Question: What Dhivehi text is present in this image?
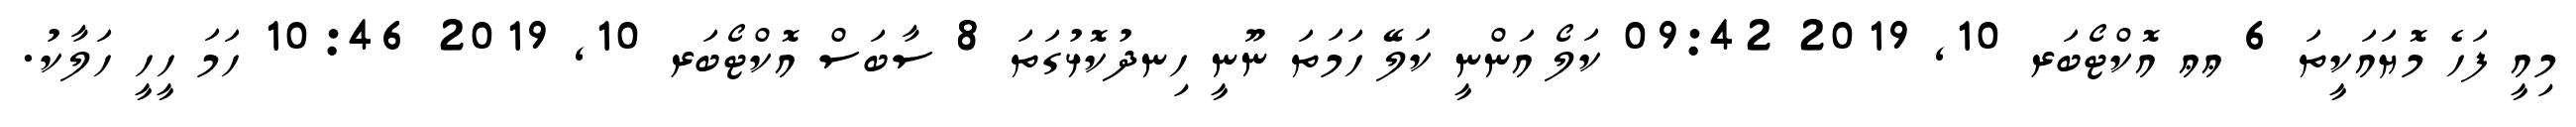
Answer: މިއީ ފަހެ މޮޔައަކީތަ 6 ޢޢ އޮކްޓޯބަރ 10, 2019 09:42 ކަލޯ އަންނީ ކަލޭ ހަމަތަ ނޫނީ ހިނދުކޮޅުގަތަ 8 ސާބަސް އޮކްޓޯބަރ 10, 2019 10:46 ހަމަ ހީހީ ހަލާކު.